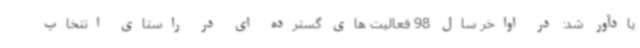
یادآور شد: در اواخر سال 98 فعالیت های گسترده ای در راستای انتخاب